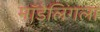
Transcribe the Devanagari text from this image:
मॉडेलिंगला